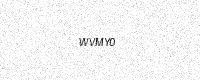
Text: WVMY0